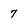
Character: 7